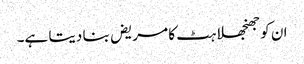
ان کو جھنجھلاہٹ کا مریض بنا دیتا ہے۔